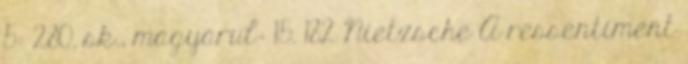
5: 280. sk., magyarul: 15. 182 Nietzsche A ressentiment